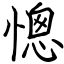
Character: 憁